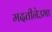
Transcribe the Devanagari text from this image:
मदतीनेउभा